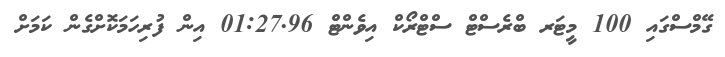
ގޭމްސްގައި 100 މީޓަރ ބްރެސްޓް ސްޓްރޯކް އިވެންޓް 01:27.96 އިން ފުރިހަމަކޮށްގެން ކަމަށް